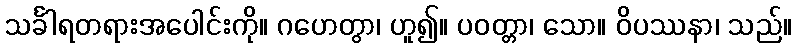
သင်္ခါရတရားအပေါင်းကို။ ဂဟေတွာ၊ ဟူ၍။ ပဝတ္တာ၊ သော။ ဝိပဿနာ၊ သည်။